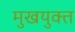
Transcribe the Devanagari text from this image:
मुखयुक्त